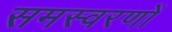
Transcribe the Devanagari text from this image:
समस्वरणों